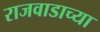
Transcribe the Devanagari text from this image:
राजवाडाच्या